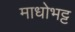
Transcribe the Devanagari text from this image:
माधोभट्ट